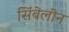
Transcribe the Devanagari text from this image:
सिंबेलीन